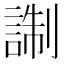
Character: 𧨰